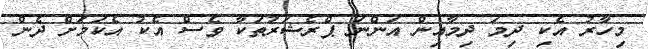
މިހާރު އެކި ދިމަ ދިމާއިން އަންނަ ޕްރެޝަރުތަކާ ވެސް އެކު އެކަމަށް ދެން